On kala azar, malaria and malarial cachexia - Number 19
Disease focus: Malaria
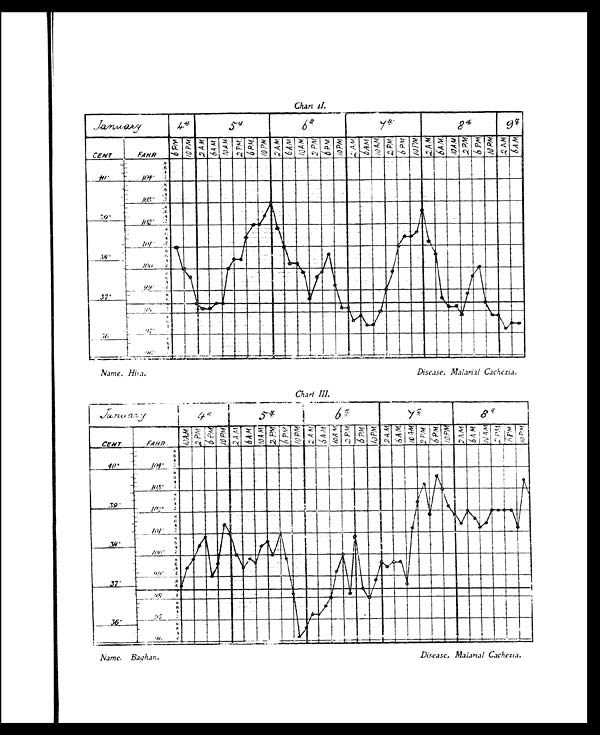
Chart II.
Name. Hira.
Disease, Malarial Cachexia.
Chart III.
Name, Baghan .
Disease, Malarial Cachexia.